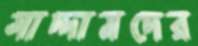
সাদ্দামদের